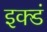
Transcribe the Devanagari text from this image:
इक्डं